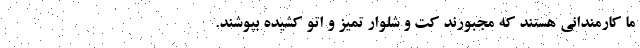
ما کارمندانی هستند که مجبورند کت و شلوار تمیز و اتو کشیده بپوشند.